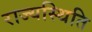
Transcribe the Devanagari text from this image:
राज्यस्थिति